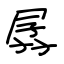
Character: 孱